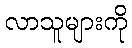
လာသူများကို